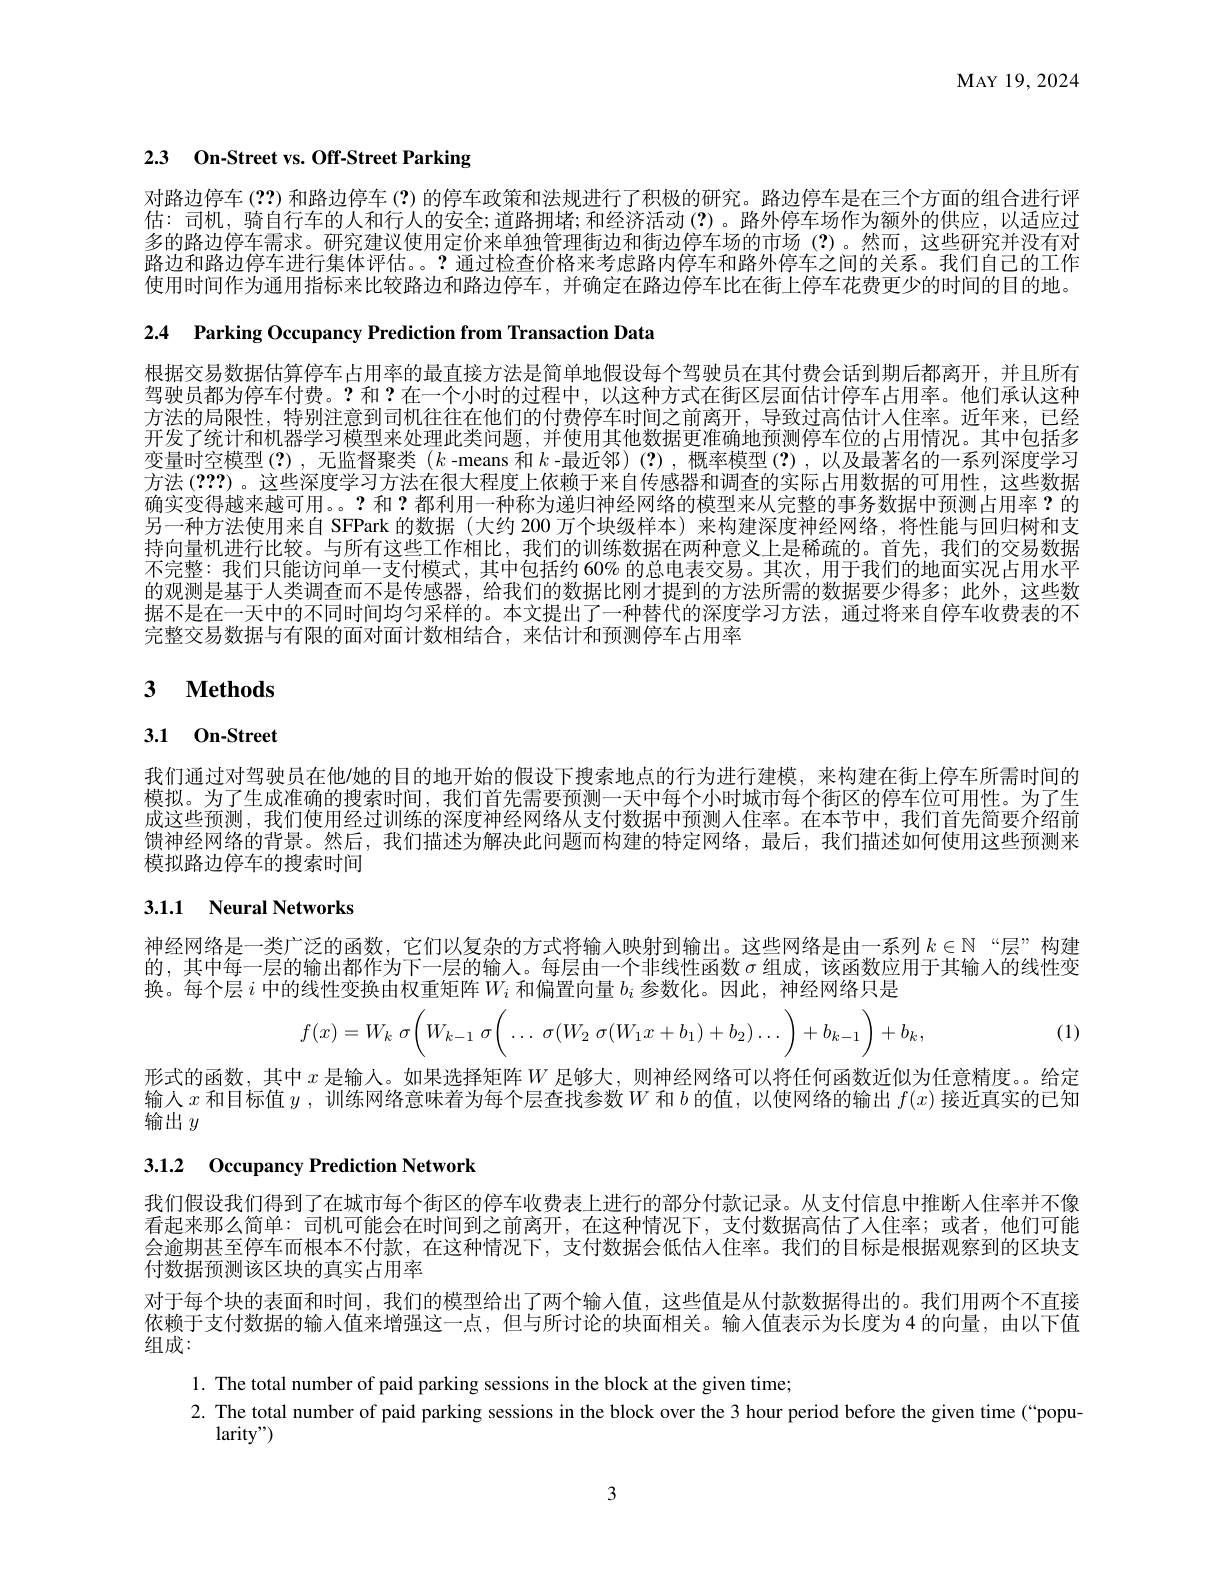
MAY19, 2024

2.3 On-Street vs. Off-Street Parking

对路边停车 (??)和路边停车 (?)的停车政策和法规进行了积极的研究。路边停车是在三个方面的组合进行评估：司机，骑自行车的人和行人的安全；道路拥堵；和经济活动(?)。路外停车场作为额外的供应，以适应过多的路边停车需求。研究建议使用定价来单独管理街边和街边停车场的市场(?)。然而，这些研究并没有对路边和路边停车进行集体评估。。?通过检查价格来考虑路内停车和路外停车之间的关系。我们自己的工作使用时间作为通用指标来比较路边和路边停车，并确定在路边停车比在街上停车花费更少的时间的目的地。

2.4 Parking Occupancy Prediction from Transaction Data

根据交易数据估算停车占用率的最直接方法是简单地假设每个驾驶员在其付费会话到期后都离开，并且所有驾驶员都为停车付费。?和？在一个小时的过程中，以这种方式在街区层面估计停车占用率。他们承认这种方法的局限性，特别注意到司机往往在他们的付费停车时间之前离开，导致过高估计人住率。近年来，已经开发了统计和机器学习模型来处理此类问题，并使用其他数据更准确地预测停车位的占用情况。其中包括多变量时空模型(2),无监督聚类$(k$ -means 和$k$ -最近邻)(?),概率模型(?),以及最著名的一系列深度学习方法 (???)。这些深度学习方法在很大程度上依赖于来自传感器和调查的实际占用数据的可用性，这些数据确实变得越来越可用。。?和？都利用一种称为递归神经网络的模型来从完整的事务数据中预测占用率？的另一种方法使用来自 SFPark 的数据(大约 200 万个块级样本) 来构建深度神经网络，将性能与回归树和支持向量机进行比较。与所有这些工作相比，我们的训练数据在两种意义上是稀疏的。首先，我们的交易数据不完整：我们只能访问单一支付模式，其中包括约 60% 的总电表交易。其次，用于我们的地面实况占用水平的观测是基于人类调查而不是传感器，给我们的数据比刚才提到的方法所需的数据要少得多；此外，这些数据不是在一天中的不同时间均匀采样的。本文提出了一种替代的深度学习方法，通过将来自停车收费表的不完整交易数据与有限的面对面计数相结合，来估计和预测停车占用率

# 3 $\textbf{Methods}$

# 3.1 0n-Street

我们通过对驾驶员在他/她的目的地开始的假设下搜索地点的行为进行建模，来构建在街上停车所需时间的模拟。为了生成准确的搜索时间，我们首先需要预测一天中每个小时城市每个街区的停车位可用性。为了生成这些预测，我们使用经过训练的深度神经网络从支付数据中预测人住率。在本节中，我们首先简要介绍前馈神经网络的背景。然后，我们描述为解决此问题而构建的特定网络，最后，我们描述如何使用这些预测来模拟路边停车的搜索时间

## 3.1.1 Neural Networks

神经网络是一类广泛的函数，它们以复杂的方式将输入映射到输出。这些网络是由一系列$k\in\mathbb{N}$ “层”构建的，其中每一层的输出都作为下一层的输人。每层由一个非线性函数$\sigma$组成，该函数应用于其输入的线性变换。每个层$i$中的线性变换由权重矩阵$W_i$和偏置向量$b_i$参数化。因此，神经网络只是

(1)
$$f(x)=W_k\:\sigma\bigg(W_{k-1}\:\sigma\bigg(\dots\:\sigma(W_2\:\sigma(W_1x+b_1)+b_2)\dots\bigg)+b_{k-1}\bigg)+b_k,$$
形式的函数，其中$x$是输人。如果选择矩阵$W$足够大，则神经网络可以将任何函数近似为任意精度。给定输人$x$和目标值$y$,训练网络意味着为每个层查找参数$W$和$b$的值，以使网络的输出$f(x)$接近真实的已知输出$y$

3.1.2 Occupancy Prediction Network

我们假设我们得到了在城市每个街区的停车收费表上进行的部分付款记录。从支付信息中推断人住率并不像看起来那么简单：司机可能会在时间到之前离开，在这种情况下，支付数据高估了人住率；或者，他们可能会逾期甚至停车而根本不付款，在这种情况下，支付数据会低估入住率。我们的目标是根据观察到的区块支付数据预测该区块的真实占用率
对于每个块的表面和时间，我们的模型给出了两个输入值，这些值是从付款数据得出的。我们用两个不直接依赖于支付数据的输人值来增强这一点，但与所讨论的块面相关。输入值表示为长度为4 的向量，由以下值组成：

1. The total number of paid parking sessions in the block at the given time;
2. The total number of paid parking sessions in the block over the 3 hour period before the given time (“popu-
larity")

3